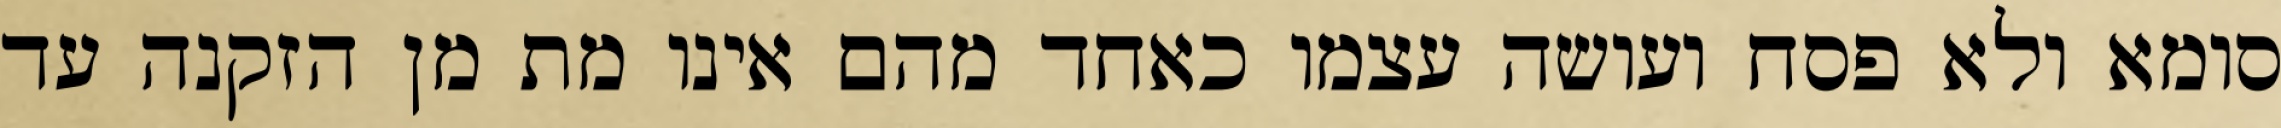
סומא ולא פסח ועושה עצמו כאחד מהם אינו מת מן הזקנה עד